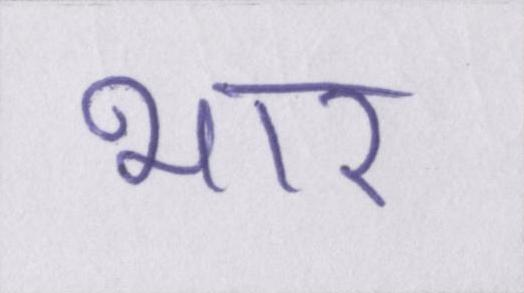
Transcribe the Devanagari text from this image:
भार